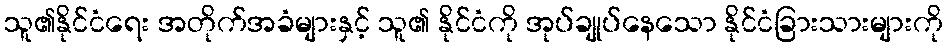
သူ၏နိုင်ငံရေး အတိုက်အခံများနှင့် သူ၏ နိုင်ငံကို အုပ်ချုပ်နေသော နိုင်ငံခြားသားများကို